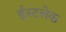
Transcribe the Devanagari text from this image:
ईस्टलेक